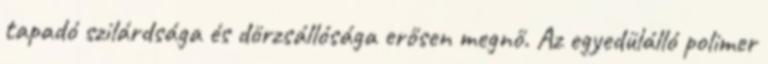
tapadó szilárdsága és dörzsállósága erősen megnő. Az egyedülálló polimer